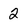
Character: 2